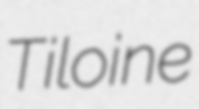
Tiloine